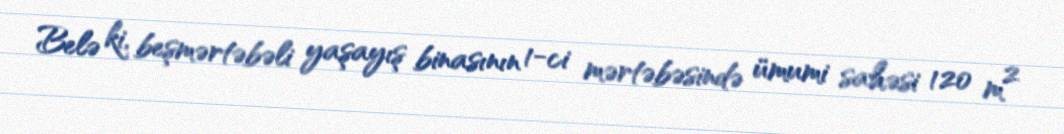
Belə ki, beşmərtəbəli yaşayış binasının 1-ci mərtəbəsində ümumi sahəsi 120 m²